Causation and prevention of malarial fevers: a statement of the results of researches drawn up for the use of assistant surgeons, hospital assistants and students
Disease focus: Malaria
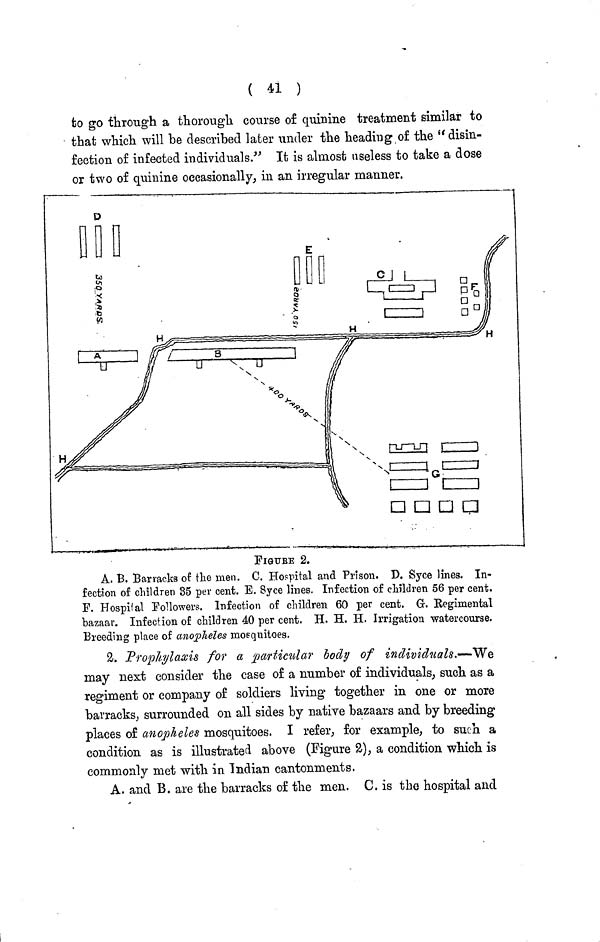
( 41 )
to go through a thorough course of quinine treatment similar to
that which will be described later under the heading of the "disin-
fection of infected individuals." It is almost useless to take a dose
or two of quinine occasionally, in an irregular manner.
FIGurE 2.
A. B. Barracks of the men. C. Hospital and Prison. D. Syce lines. In-
fection of children 35 per cent. E. Syce lines. Infection of children 56 per cent.
F. Hospital Followers. Infection of children 60 per cent. G. Regimental
bazaar. Infection of children 40 per cent. H. H. II. Irrigation watercourse.
Breeding place of anopheles mosquitoes.
2. Prophylaxis for a particular body of individuals.—We
may next consider the case of a number of individuals, such as a
regiment or company of soldiers living together in one or more
barracks, surrounded on all sides by native bazaars and by breeding
places of anopheles mosquitoes. I refer, for example, to such a
condition as is illustrated above (Figure 2), a condition which is
commonly met with in Indian cantonments.
A. and B. are the barracks of the men. C. is the hospital and